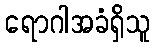
ရောဂါအခံရှိသူ